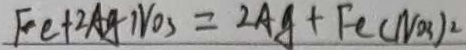
F e + 2 A g N O _ { 3 } = 2 A g + F e ( N O _ { 3 } ) ^ { 2 }